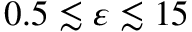
0 . 5 \lesssim \varepsilon \lesssim 1 5